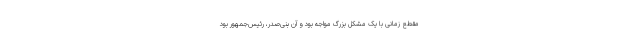
مقطع زمانی با یک مشکل بزرگ مواجه بود و آن بنی‌صدر، رئیس‌جمهور بود